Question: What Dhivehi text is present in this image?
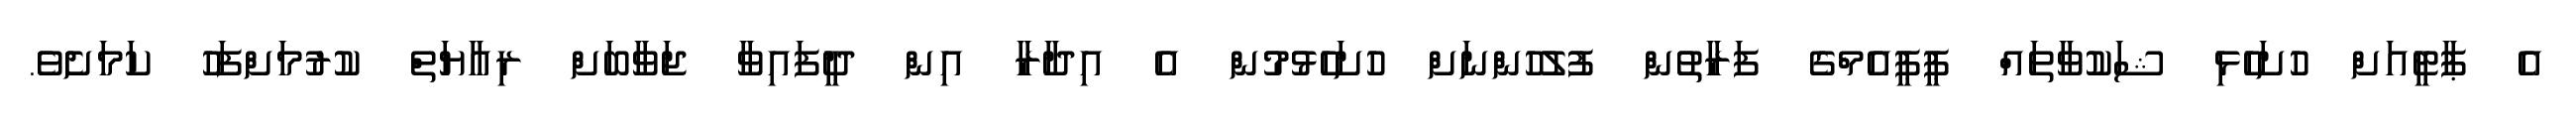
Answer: އެ ޕާޓީއަށް ހުށަހެޅި ޝަކުވާތައް ޕީޕީއެމްގެ ފަރާތުން ފުލުހުންނަށް ހުށަހެޅުމުން އެ އިދާރާ އިން ދީފައިވާ ޖަވާބަށް ރިއާޔަތް ކުރުމަށްފަހު ކަމަށެވެ.